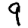
Digit: 9